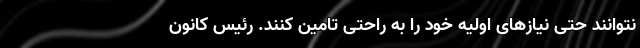
نتوانند حتی نیازهای اولیه خود را به راحتی تامین کنند. رئیس کانون